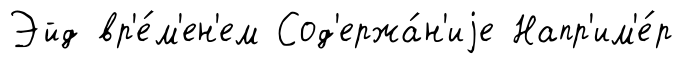
Эйд вр'е́м'ен'ем Сод'ержа́н'иjе Напр'им'е́р